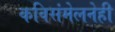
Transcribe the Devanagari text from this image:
कविसंमेलनेही